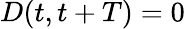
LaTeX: D(t,t+T)=0